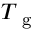
T _ { \mathrm { ~ g ~ } }